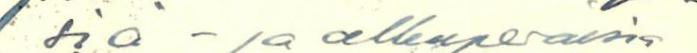
siä- ja alkuperäisia